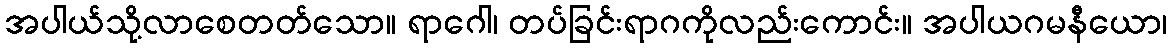
အပါယ်သို့လာစေတတ်သော။ ရာဂေါ၊ တပ်ခြင်းရာဂကိုလည်းကောင်း။ အပါယဂမနီယော၊